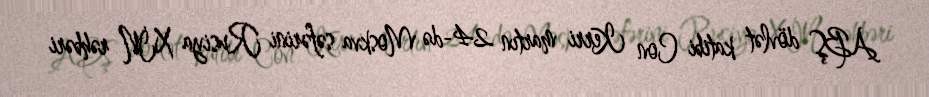
ABŞ dövlət katibi Con Kerri martın 24-də Moskva səfərini Rusiya XİN rəhbəri